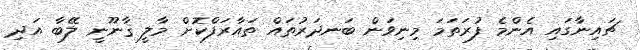
ޗައިނާގައި އެންމެ ފުރަތަމަ މިނިވަން ބަނދަރުތައް ތައާރަފްކޮށް މާލީ ޤާނޫނީ ލޭބާ އަދި